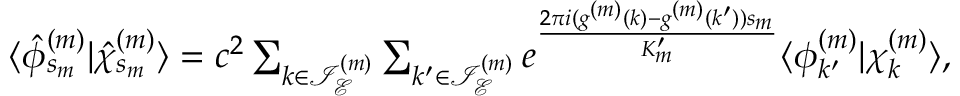
\begin{array} { r } { \langle { \hat { \phi } _ { s _ { m } } ^ { ( m ) } } | { \hat { \chi } _ { s _ { m } } ^ { ( m ) } } \rangle = c ^ { 2 } \sum _ { k \in \mathcal { I } _ { \mathcal { E } } ^ { ( m ) } } \sum _ { k ^ { \prime } \in \mathcal { I } _ { \mathcal { E } } ^ { ( m ) } } e ^ { \frac { 2 \pi i ( g ^ { ( m ) } ( k ) - g ^ { ( m ) } ( k ^ { \prime } ) ) s _ { m } } { K _ { m } ^ { \prime } } } \langle { \phi } _ { k ^ { \prime } } ^ { ( m ) } | { \chi } _ { k } ^ { ( m ) } \rangle , } \end{array}